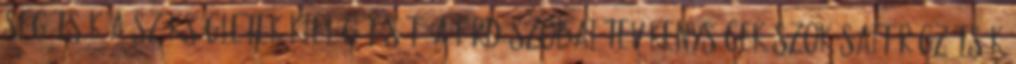
segítsék a szükségletek kielégítését. A fürdıszobai tevékenységek szokásait rögzítsék